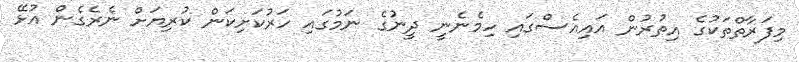
މިފަރާތްތަކުގެ އިތުރުން އައިއެސްގައި ހިމެނެނީ ދީނުގެ ނަމުގައި ހަރުކަށިކަން ކުރިޔަށް ނެރެގެން އުޅޭ